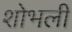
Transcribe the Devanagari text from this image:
शोभली